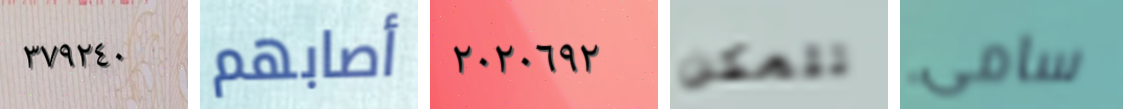
٣٧٩٢٤٠ أصابهم ٢٠٢٠٦٩٢ تتمكن سامى